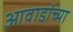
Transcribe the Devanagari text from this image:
आवाडांच्या